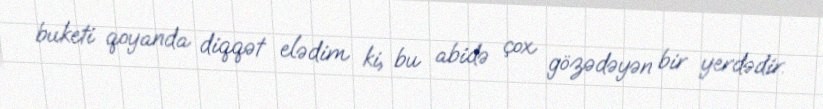
buketi qoyanda diqqət elədim ki, bu abidə çox gözədəyən bir yerdədir.